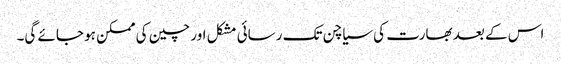
اس کے بعد بھارت کی سیاچن تک رسائی مشکل اور چین کی ممکن ہو جائے گی۔